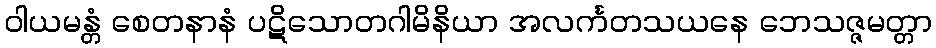
ဝါယမန္တံ စေတနာနံ ပဋိသောတဂါမိနိယာ အလင်္ကတသယနေ ဘေသဇ္ဇမတ္တာ